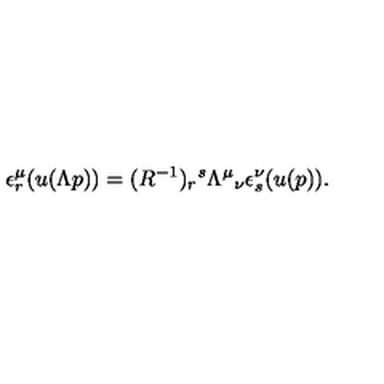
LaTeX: \epsilon _ { r } ^ { \mu } ( u ( \Lambda p ) ) = ( R ^ { - 1 } ) _ { r } { } ^ { s } \Lambda ^ { \mu } { } _ { \nu } \epsilon _ { s } ^ { \nu } ( u ( p ) ) .